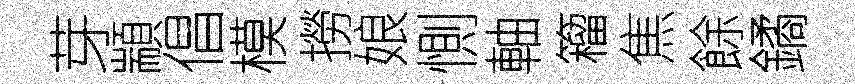
芽顓倡模撈娘惻軸籕焦餘鐍